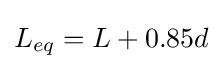
L_{eq}=L+0.85d